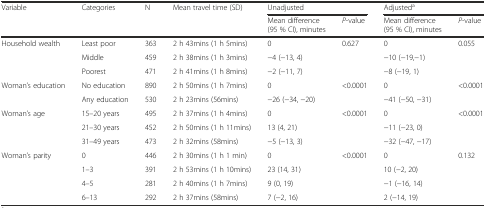
<table><thead><tr><td rowspan="2"><b>Variable</b></td><td rowspan="2"><b>Categories</b></td><td rowspan="2"><b>N</b></td><td rowspan="2"><b>Mean travel time (SD)</b></td><td colspan="2"><b>Unadjusted</b></td><td colspan="2"><b>Adjusted<sup>a</sup></b></td></tr><tr><td><b>Mean difference (95 % CI), minutes</b></td><td><b><i>P</i>-value</b></td><td><b>Mean difference (95 % CI), minutes</b></td><td><b><i>P</i>-value</b></td></tr></thead><tbody><tr><td rowspan="3">Household wealth</td><td>Least poor</td><td>363</td><td>2 h 43mins (1 h 5mins)</td><td>0</td><td rowspan="3">0.627</td><td>0</td><td rowspan="3">0.055</td></tr><tr><td>Middle</td><td>459</td><td>2 h 38mins (1 h 3mins)</td><td>−4 (−13, 4)</td><td>−10 (−19,−1)</td></tr><tr><td>Poorest</td><td>471</td><td>2 h 41mins (1 h 8mins)</td><td>−2 (−11, 7)</td><td>−8 (−19, 1)</td></tr><tr><td rowspan="2">Woman’s education</td><td>No education</td><td>890</td><td>2 h 50mins (1 h 7mins)</td><td>0</td><td rowspan="2">&lt;0.0001</td><td>0</td><td rowspan="2">&lt;0.0001</td></tr><tr><td>Any education</td><td>530</td><td>2 h 23mins (56mins)</td><td>−26 (−34, −20)</td><td>−41 (−50, −31)</td></tr><tr><td rowspan="3">Woman’s age</td><td>15–20 years</td><td>495</td><td>2 h 37mins (1 h 4mins)</td><td>0</td><td rowspan="3">&lt;0.0001</td><td>0</td><td rowspan="3">&lt;0.0001</td></tr><tr><td>21–30 years</td><td>452</td><td>2 h 50mins (1 h 11mins)</td><td>13 (4, 21)</td><td>−11 (−23, 0)</td></tr><tr><td>31–49 years</td><td>473</td><td>2 h 32mins (58mins)</td><td>−5 (−13, 3)</td><td>−32 (−47, −17)</td></tr><tr><td rowspan="4">Woman’s parity</td><td>0</td><td>446</td><td>2 h 30mins (1 h 1 min)</td><td>0</td><td rowspan="4">&lt;0.0001</td><td>0</td><td rowspan="4">0.132</td></tr><tr><td>1–3</td><td>391</td><td>2 h 53mins (1 h 10mins)</td><td>23 (14, 31)</td><td>10 (−2, 20)</td></tr><tr><td>4–5</td><td>281</td><td>2 h 40mins (1 h 7mins)</td><td>9 (0, 19)</td><td>−1 (−16, 14)</td></tr><tr><td>6–13</td><td>292</td><td>2 h 37mins (58mins)</td><td>7 (−2, 16)</td><td>2 (−14, 19)</td></tr></tbody></table>